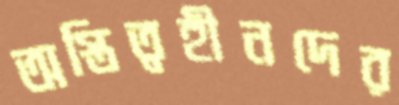
অস্তিত্বহীনদের